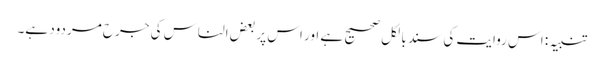
تنبیہ: اس روایت کی سند بالکل صحیح ہے اور اس پر بعض الناس کی جرح مردود ہے۔